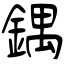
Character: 鍝